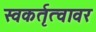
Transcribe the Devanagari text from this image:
स्वकर्तृत्वावर